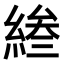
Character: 𫃰